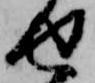
せ